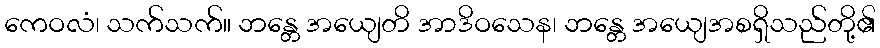
ကေဝလံ၊ သက်သက်။ ဘန္တေ အယျေတိ အာဒိဝသေန၊ ဘန္တေ အယျေအစရှိသည်တို့၏